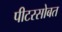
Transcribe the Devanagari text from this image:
पीटरसोबत